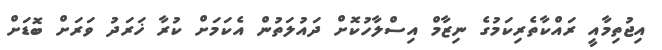
އިޖުތިމާއީ ރައްކާތެރިކަމުގެ ނިޒާމް އިސްލާހުކޮށް ދައުލަތުން އެކަމަށް ކުރާ ޚަރަދު ވަރަށް ބޮޑަށް